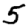
Digit: 5